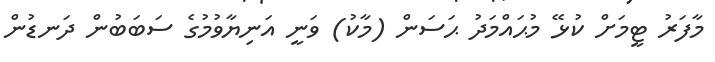
މާފަރު ޓީމަށް ކުޅޭ މުޙައްމަދު ޙަސަން (މާކު) ވަނީ އަނިޔާވުމުގެ ސަބަބުން ދަނޑުން